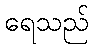
ရေသည်